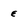
Character: E